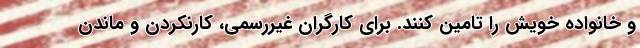
و خانواده خویش را تامین کنند. برای کارگران غیررسمی، کارنکردن و ماندن